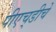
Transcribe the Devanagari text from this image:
पीएच्‌डीचे